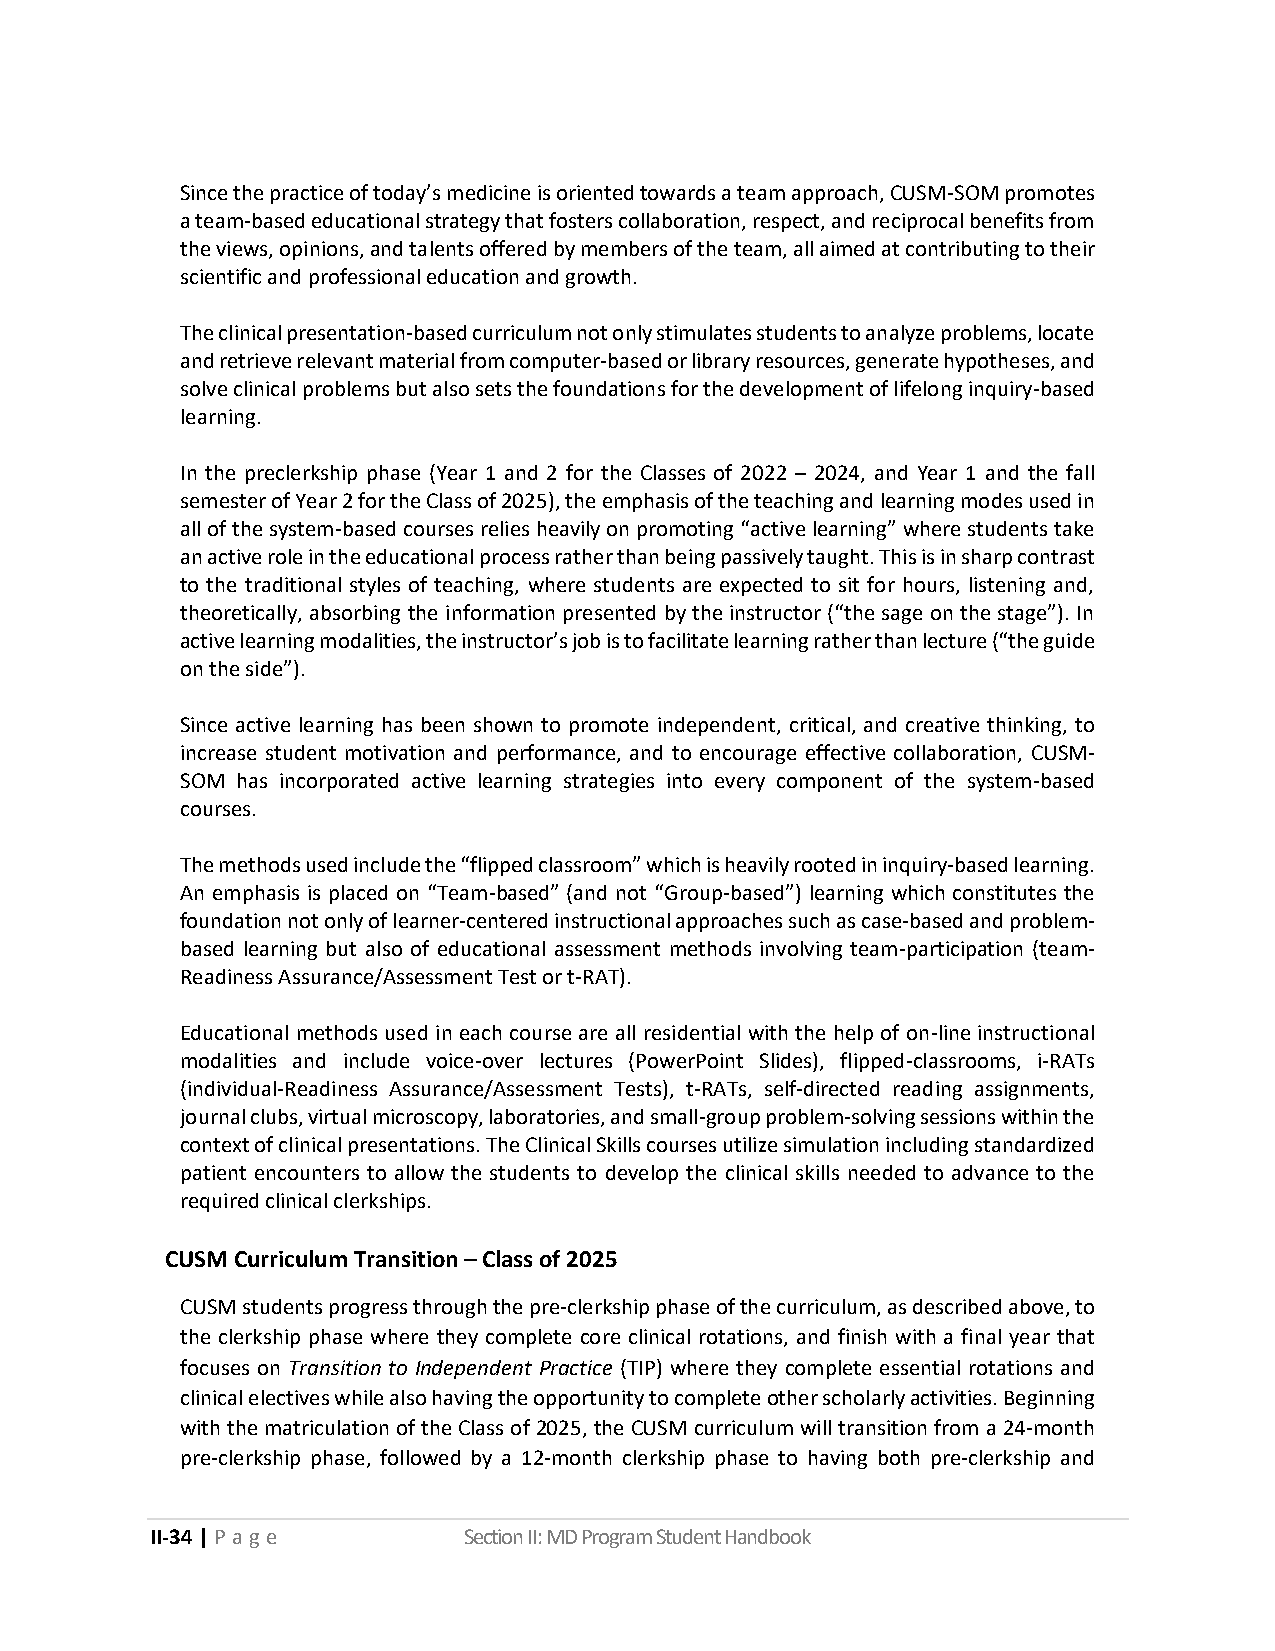
Since the practice of today’s medicine is oriented towards a team approach, CUSM-SOM promotes
 a team-based educational strategy that fosters collaboration, respect, and reciprocal benefits from
 the views, opinions, and talents offered by members of the team, all aimed at contributing to their
 scientific and professional education and growth.
 The clinical presentation-based curriculum not only stimulates students to analyze problems, locate
 and retrieve relevant material from computer-based or library resources, generate hypotheses, and
 solve clinical problems but also sets the foundations for the development of lifelong inquiry-based
 learning.
 In the preclerkship phase (Year 1 and 2 for the Classes of 2022 – 2024, and Year 1 and the fall
 semester of Year 2 for the Class of 2025), the emphasis of the teaching and learning modes used in
 all of the system-based courses relies heavily on promoting “active learning” where students take
 an active role in the educational process rather than being passively taught. This is in sharp contrast
 to the traditional styles of teaching, where students are expected to sit for hours, listening and,
 theoretically, absorbing the information presented by the instructor (“the sage on the stage”). In
 active learning modalities, the instructor’s job is to facilitate learning rather than lecture (“the guide
 on the side”).
 Since active learning has been shown to promote independent, critical, and creative thinking, to
 increase student motivation and performance, and to encourage effective collaboration, CUSM-
 SOM has incorporated active learning strategies into every component of the system-based
 courses.
 The methods used include the “flipped classroom” which is heavily rooted in inquiry-based learning.
 An emphasis is placed on “Team-based” (and not “Group-based”) learning which constitutes the
 foundation not only of learner-centered instructional approaches such as case-based and problem-
 based learning but also of educational assessment methods involving team-participation (team-
 Readiness Assurance/Assessment Test or t-RAT).
 Educational methods used in each course are all residential with the help of on-line instructional
 modalities and include voice-over lectures (PowerPoint Slides), flipped-classrooms, i-RATs
 (individual-Readiness Assurance/Assessment Tests), t-RATs, self-directed reading assignments,
 journal clubs, virtual microscopy, laboratories, and small-group problem-solving sessions within the
 context of clinical presentations. The Clinical Skills courses utilize simulation including standardized
 patient encounters to allow the students to develop the clinical skills needed to advance to the
 required clinical clerkships.
 CUSM Curriculum Transition – Class of 2025
 CUSM students progress through the pre-clerkship phase of the curriculum, as described above, to
 the clerkship phase where they complete core clinical rotations, and finish with a final year that
 focuses on Transition to Independent Practice (TIP) where they complete essential rotations and
 clinical electives while also having the opportunity to complete other scholarly activities. Beginning
 with the matriculation of the Class of 2025, the CUSM curriculum will transition from a 24-month
 pre-clerkship phase, followed by a 12-month clerkship phase to having both pre-clerkship and
 II-34 | P a g e      Section II: MD Program Student Handbook